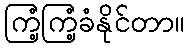
ကြံ့ကြံ့ခံနိုင်တာ။